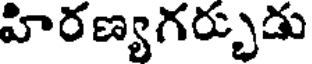
హిరణ్యగర్చుడు